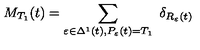
M _ { T _ { 1 } } ( t ) = \sum _ { \varepsilon \in \Delta ^ { 1 } ( t ) , P _ { \varepsilon } ( t ) = T _ { 1 } } \ \delta _ { R _ { \varepsilon } ( t ) }